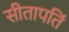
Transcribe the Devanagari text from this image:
सीतापतिं